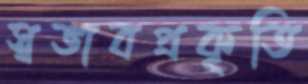
স্বভাবপ্রকৃতি